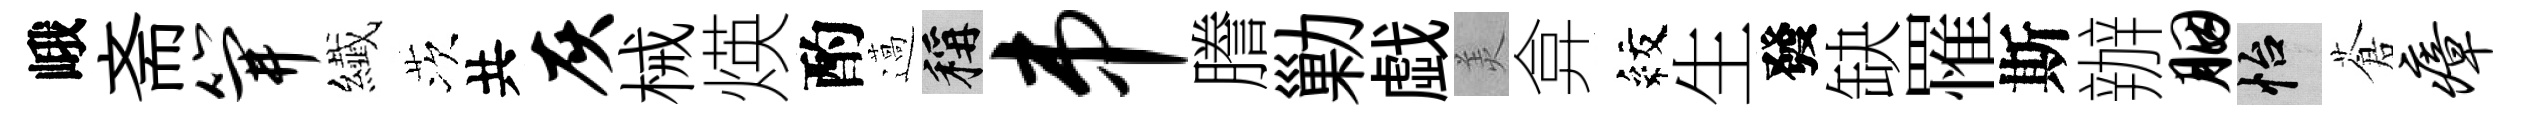
峨斋笄纎茨共灰械煐酌薖稱串謄勦戯羙弇紋生發缺罹斯辦胭怡蒼瘴